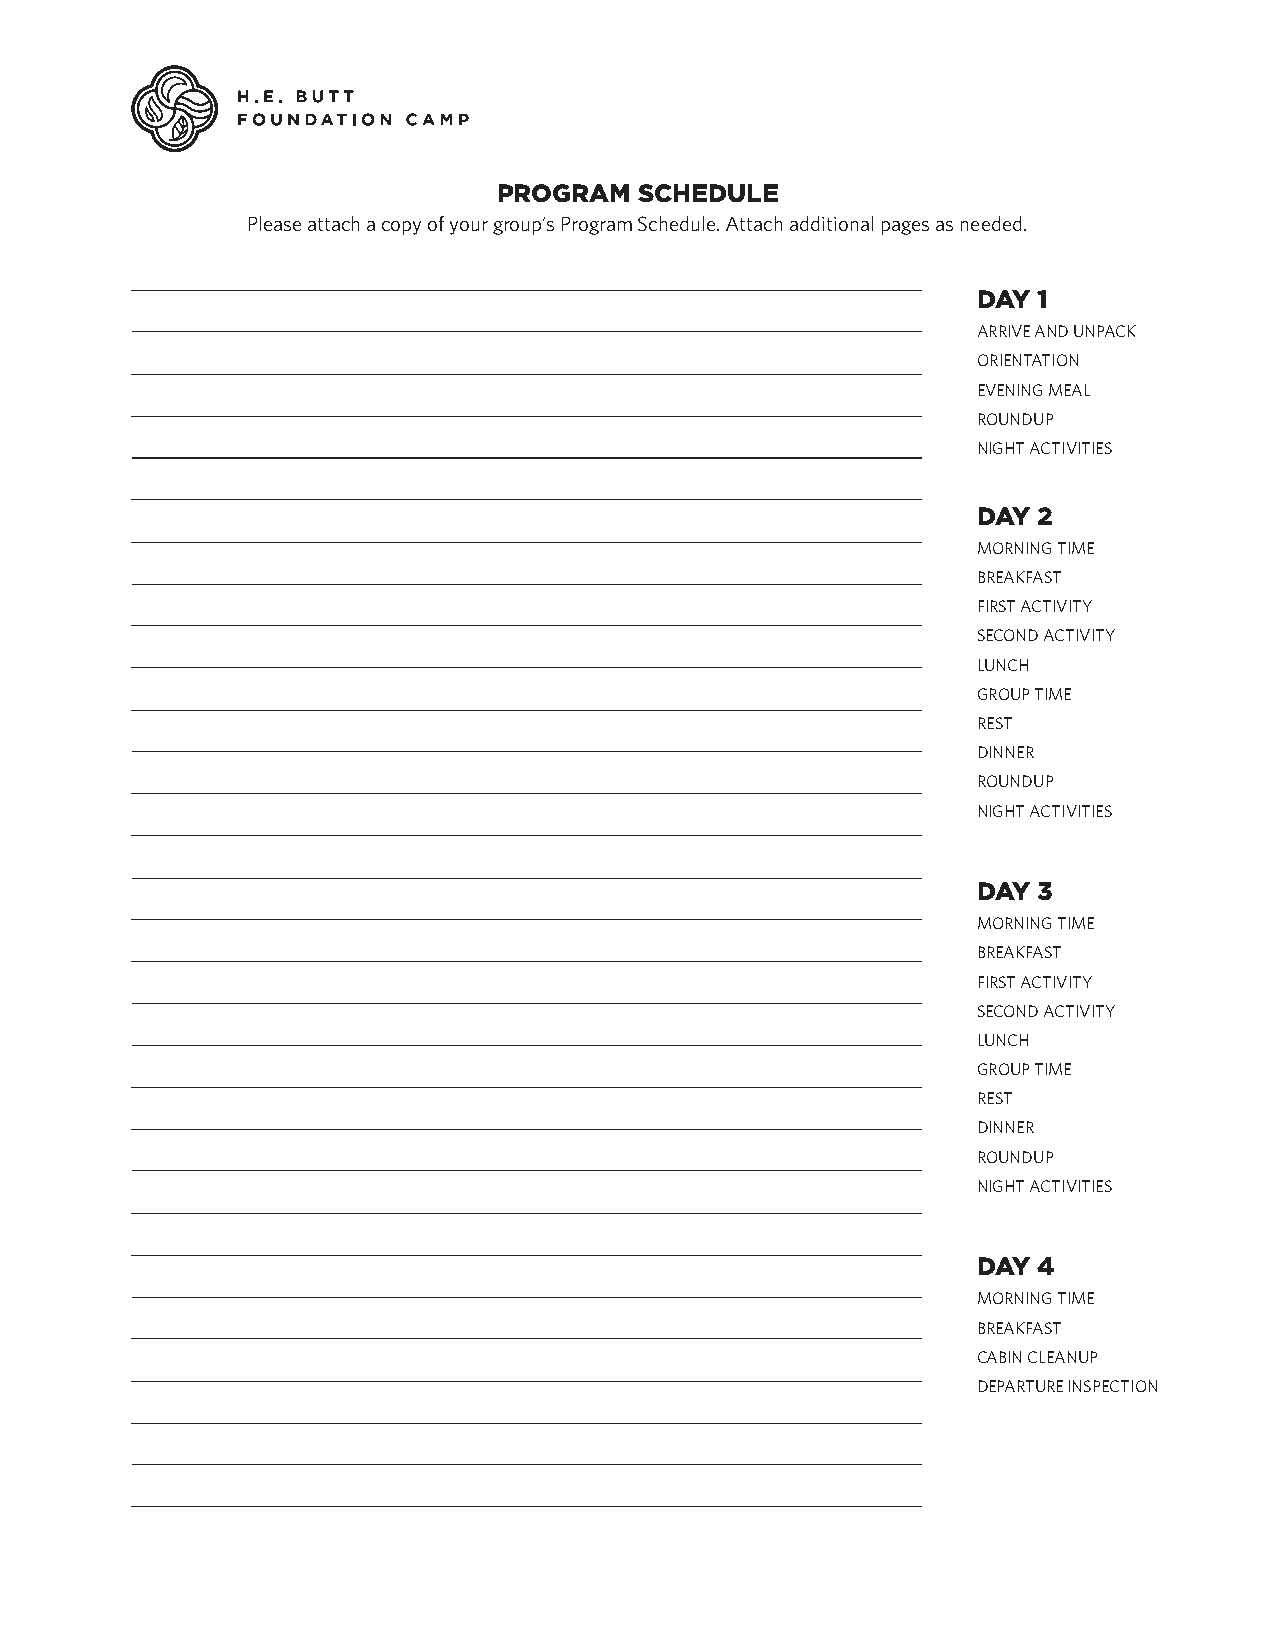
PROGRAM  SCHEDULE
 Please attach a copy of your group’s Program Schedule. Attach additional pages as needed.
 DAY 1
 ARRIVE AND UNPACK
 ORIENTATION
 EVENING MEAL
 ROUNDUP
 NIGHT ACTIVITIES
 DAY 2
 MORNING TIME
 BREAKFAST
 FIRST ACTIVITY
 SECOND ACTIVITY
 LUNCH
 GROUP TIME
 REST
 DINNER
 ROUNDUP
 NIGHT ACTIVITIES
 DAY 3
 MORNING TIME
 BREAKFAST
 FIRST ACTIVITY
 SECOND ACTIVITY
 LUNCH
 GROUP TIME
 REST
 DINNER
 ROUNDUP
 NIGHT ACTIVITIES
 DAY 4
 MORNING TIME
 BREAKFAST
 CABIN CLEANUP
 DEPARTURE INSPECTION